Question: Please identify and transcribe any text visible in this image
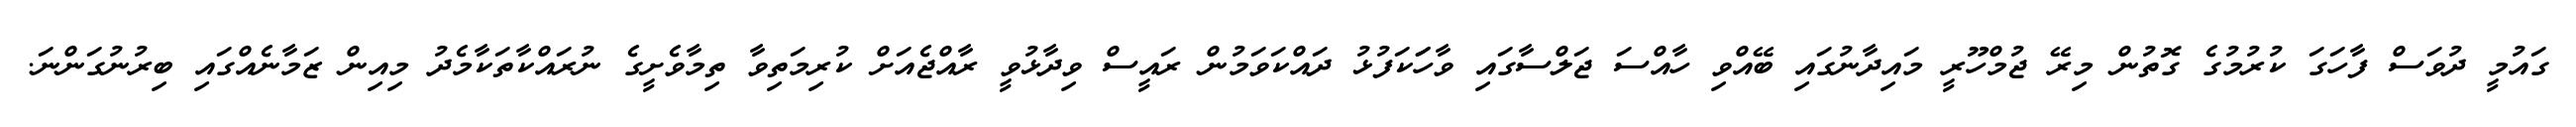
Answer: ގައުމީ ދުވަސް ފާހަގަ ކުރުމުގެ ގޮތުން މިރޭ ޖުމްހޫރީ މައިދާނުގައި ބޭއްވި ހާއްސަ ޖަލްސާގައި ވާހަަކަފުޅު ދައްކަވަމުން ރައީސް ވިދާޅުވީ ރާއްޖެއަށް ކުރިމަތިވާ ތިމާވެށީގެ ނުރައްކާތަކާމެދު މިއިން ޒަމާނެއްގައި ބިރުނުގަންނަ.